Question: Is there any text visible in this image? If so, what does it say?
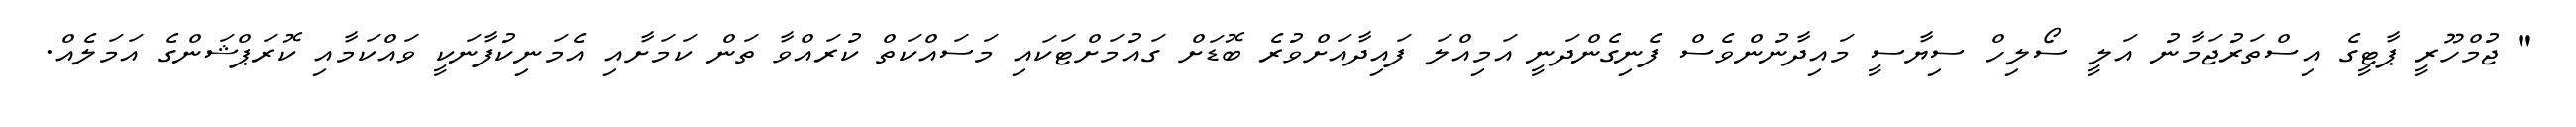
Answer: " ޖުމްހޫރީ ޕާޓީގެ އިސްތަރުޖަމާނު އަލީ ސޯލިހް ސިޔާސީ މައިދާނުންވެސް ފެނިގެންދަނީ އަމިއްލަ ފައިދާއަށްވުރެ ބޮޑަށް ގައުމަށްޓަކައި މަސައްކަތް ކުރައްވާ ތަން ކަމަށާއި އެމަނިކުފާނަކީ ވައްކަމާއި ކޮރަޕްޝަންގެ އަމަލެއް.